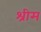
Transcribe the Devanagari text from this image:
श्रीम